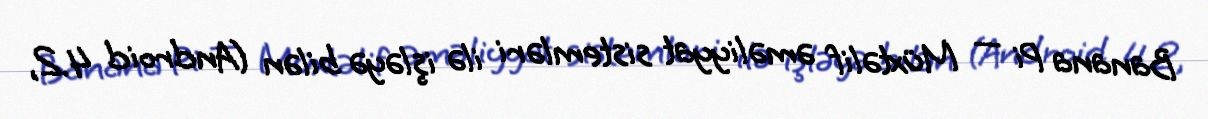
Banana Pi — Müxtəlif əməliyyat sistemləri ilə işləyə bilən (Android 4.2,